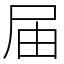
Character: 届